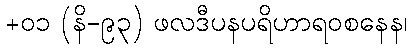
+၀၁ (နိ-၉၃) ဖလဒီပနပရိဟာရဝစနေန၊